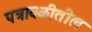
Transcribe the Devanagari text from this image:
पत्रावळीतील